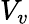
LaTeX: V_{v}